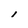
Character: l